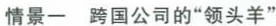
情景一 跨国公司的”领头羊”